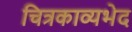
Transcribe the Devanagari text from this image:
चित्रकाव्यभेद